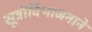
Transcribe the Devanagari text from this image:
सूत्रीविभाजनाने